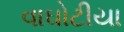
વાઘોટીયા